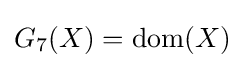
G_{7}(X)={\text{dom}}(X)